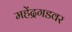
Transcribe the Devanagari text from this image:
महेंद्रगडवर